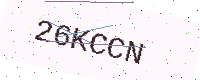
Text: 26KCCN